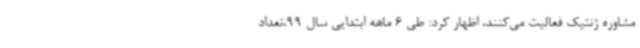
مشاوره ژنتیک فعالیت می‌کنند، اظهار کرد: طی 6 ماهه ابتدایی سال 99،تعداد